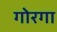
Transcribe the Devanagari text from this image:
गोरगा